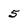
Character: 5